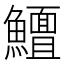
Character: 𱇃